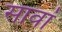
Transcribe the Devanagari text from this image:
सावां